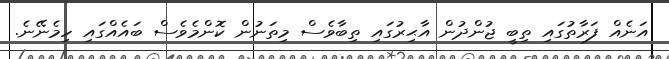
އަނެއް ފަރާތުގައި ތިބީ ޖުންދުން އާޙިރުގައި ތިބާވެސް މިތަނުން ކޮންމެވެސް ބައެއްގައި ހިމެނޭނެ.